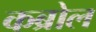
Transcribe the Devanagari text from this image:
कब्रोल